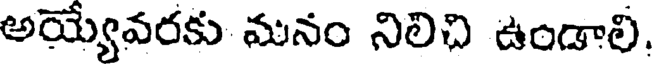
అయ్యేవరకు మనం నిలిచి ఉండాలి.